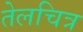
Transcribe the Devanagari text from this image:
तेलचित्र